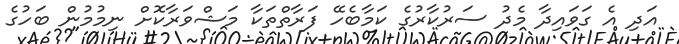
އަދި އެ ގަވައިދާ މެދު ސަރުކާރުގެ ކަމާބެހޭ ފަރާތްތަކާ މަޝްވަރާކޮށް ނިމުމުން ބަހުގެ